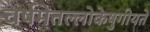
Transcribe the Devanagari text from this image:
वर्षमेतल्लोकेषुगीयते